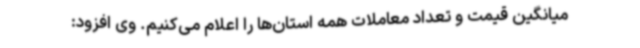
میانگین قیمت و تعداد معاملات همه استان‌ها را اعلام می‌کنیم. وی افزود: